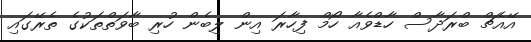
އޭއެޗް ބްރަދާސް ހާޑްވެއާ ހޯމް ފިހާރަ އިން ލިބެން ހުރި ބާވަތްތަކުގެ ތެރޭގައި